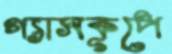
গ্যাসকূপে